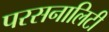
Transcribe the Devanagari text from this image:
परसनालिटी